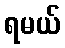
ရမယ်